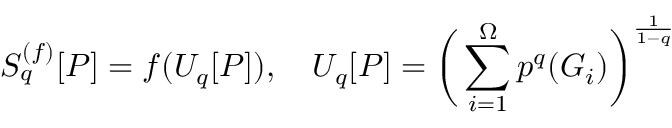
S _ { q } ^ { ( f ) } [ P ] = f ( U _ { q } [ P ] ) , \quad U _ { q } [ P ] = \bigg ( \sum _ { i = 1 } ^ { \Omega } p ^ { q } ( G _ { i } ) \bigg ) ^ { \frac { 1 } { 1 - q } }